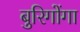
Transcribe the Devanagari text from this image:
बुरिगोंगा